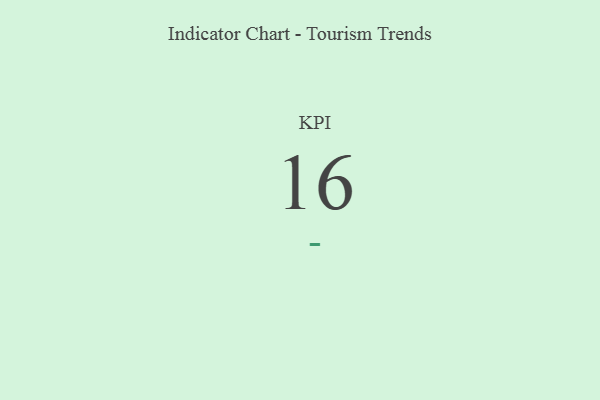
{"axis": {"x": "KPI", "y": "Value"}, "legend": [""], "data": [{"x": "KPI", "y": 16, "type": ""}]}